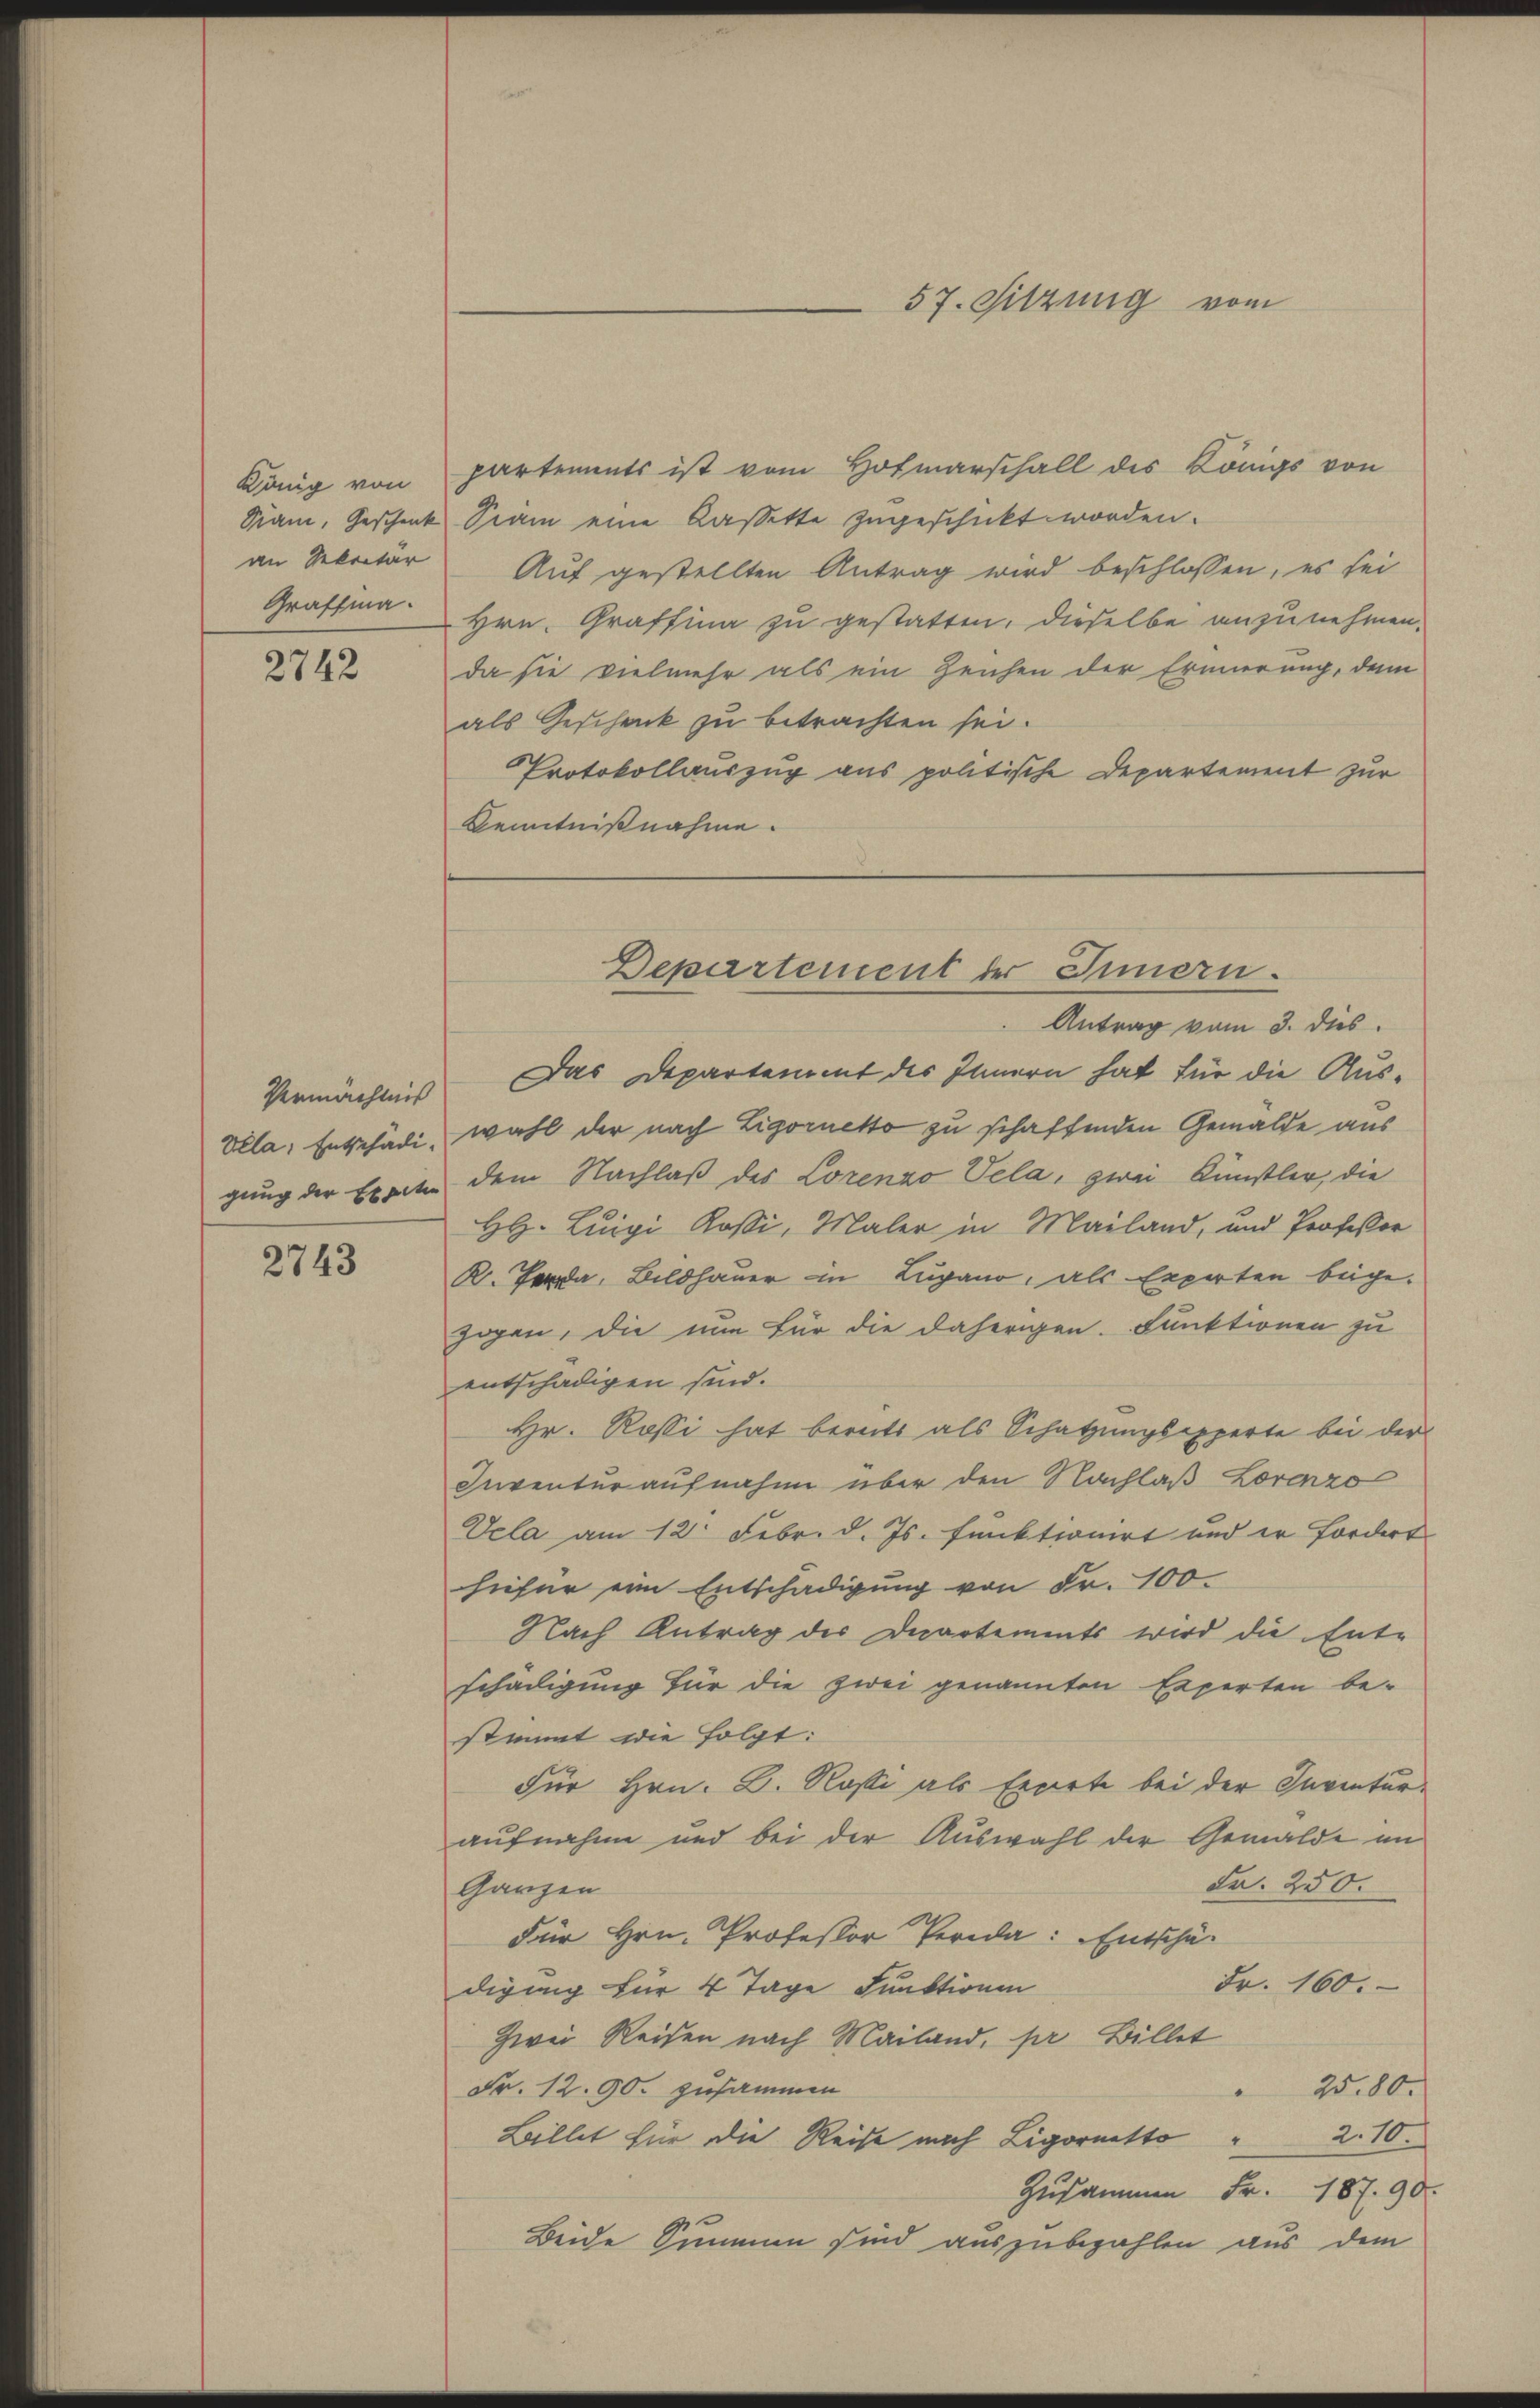
König von
an Sekretär
Graffma

2742

Vermächtnis
Vela; Entschädigung der Expete

2743

partements ist vom Hofmarschall des Königs von
Nam, Geschenk Siam eine Kassette zugeschickt worden.
Auf gestellten Antrag wird beschlossen, es sei
Hrn. Graffina zu gestatten, dieselbe anzunehmen.
da sie vielmehr als ein Zeichen der Erinnerung, dem
als Geschenk zu betrachten sei.
Protokollauszug aus politische Departement zur
Kenntnißnahme.

Antrag vom 3. dies
Das Departement des Innern hat für die Aus-
wahl der nach Ligornetto zu schaffenden Gemälde aus
dem Nachlaß des Lorenzo Vela, zwei Künstler, die
HH. Luigi Rossi, Maler in Mailand, und Professor
K. Frde, Bildhauer in Lugano, als Experten begezogen, die nun für die daherigen Funktionen zu
entschädigen sind.
Hr. Rossi hat bereits als Schatzungsexperte bei der
Inventur aufnahme über den Nachlaß Lorenzo
Uela am 12. Febr. d. Js. funktionirt und er fordert
hiefür ein Entschädigung von Fr. 100.
Nach Antrag des Departements wird die Ent-
schädigung für die zwei genannten Experten be-
stimmt die folgt:
Für Hrn. B. Rossi als Experte bei der Inventuraufnahme und bei der Auswahl der Gemälde im
Fr. 250.
Ganzen
Für Hrn. Professor Per: Entschä¬
Fr. 160.
digung für 4 Tage Funktionen
Zwei Reisen nach Mailand, pr Billet
Fr. 12. 90. zusammen
2580.
2.10.
Billet für die Reise nach Ligornetto
Zusammen Fr. 187. 90.
Beide Simmen sind auszubezahlen aus dem

57. Sitzung vom

Departement der Innern.